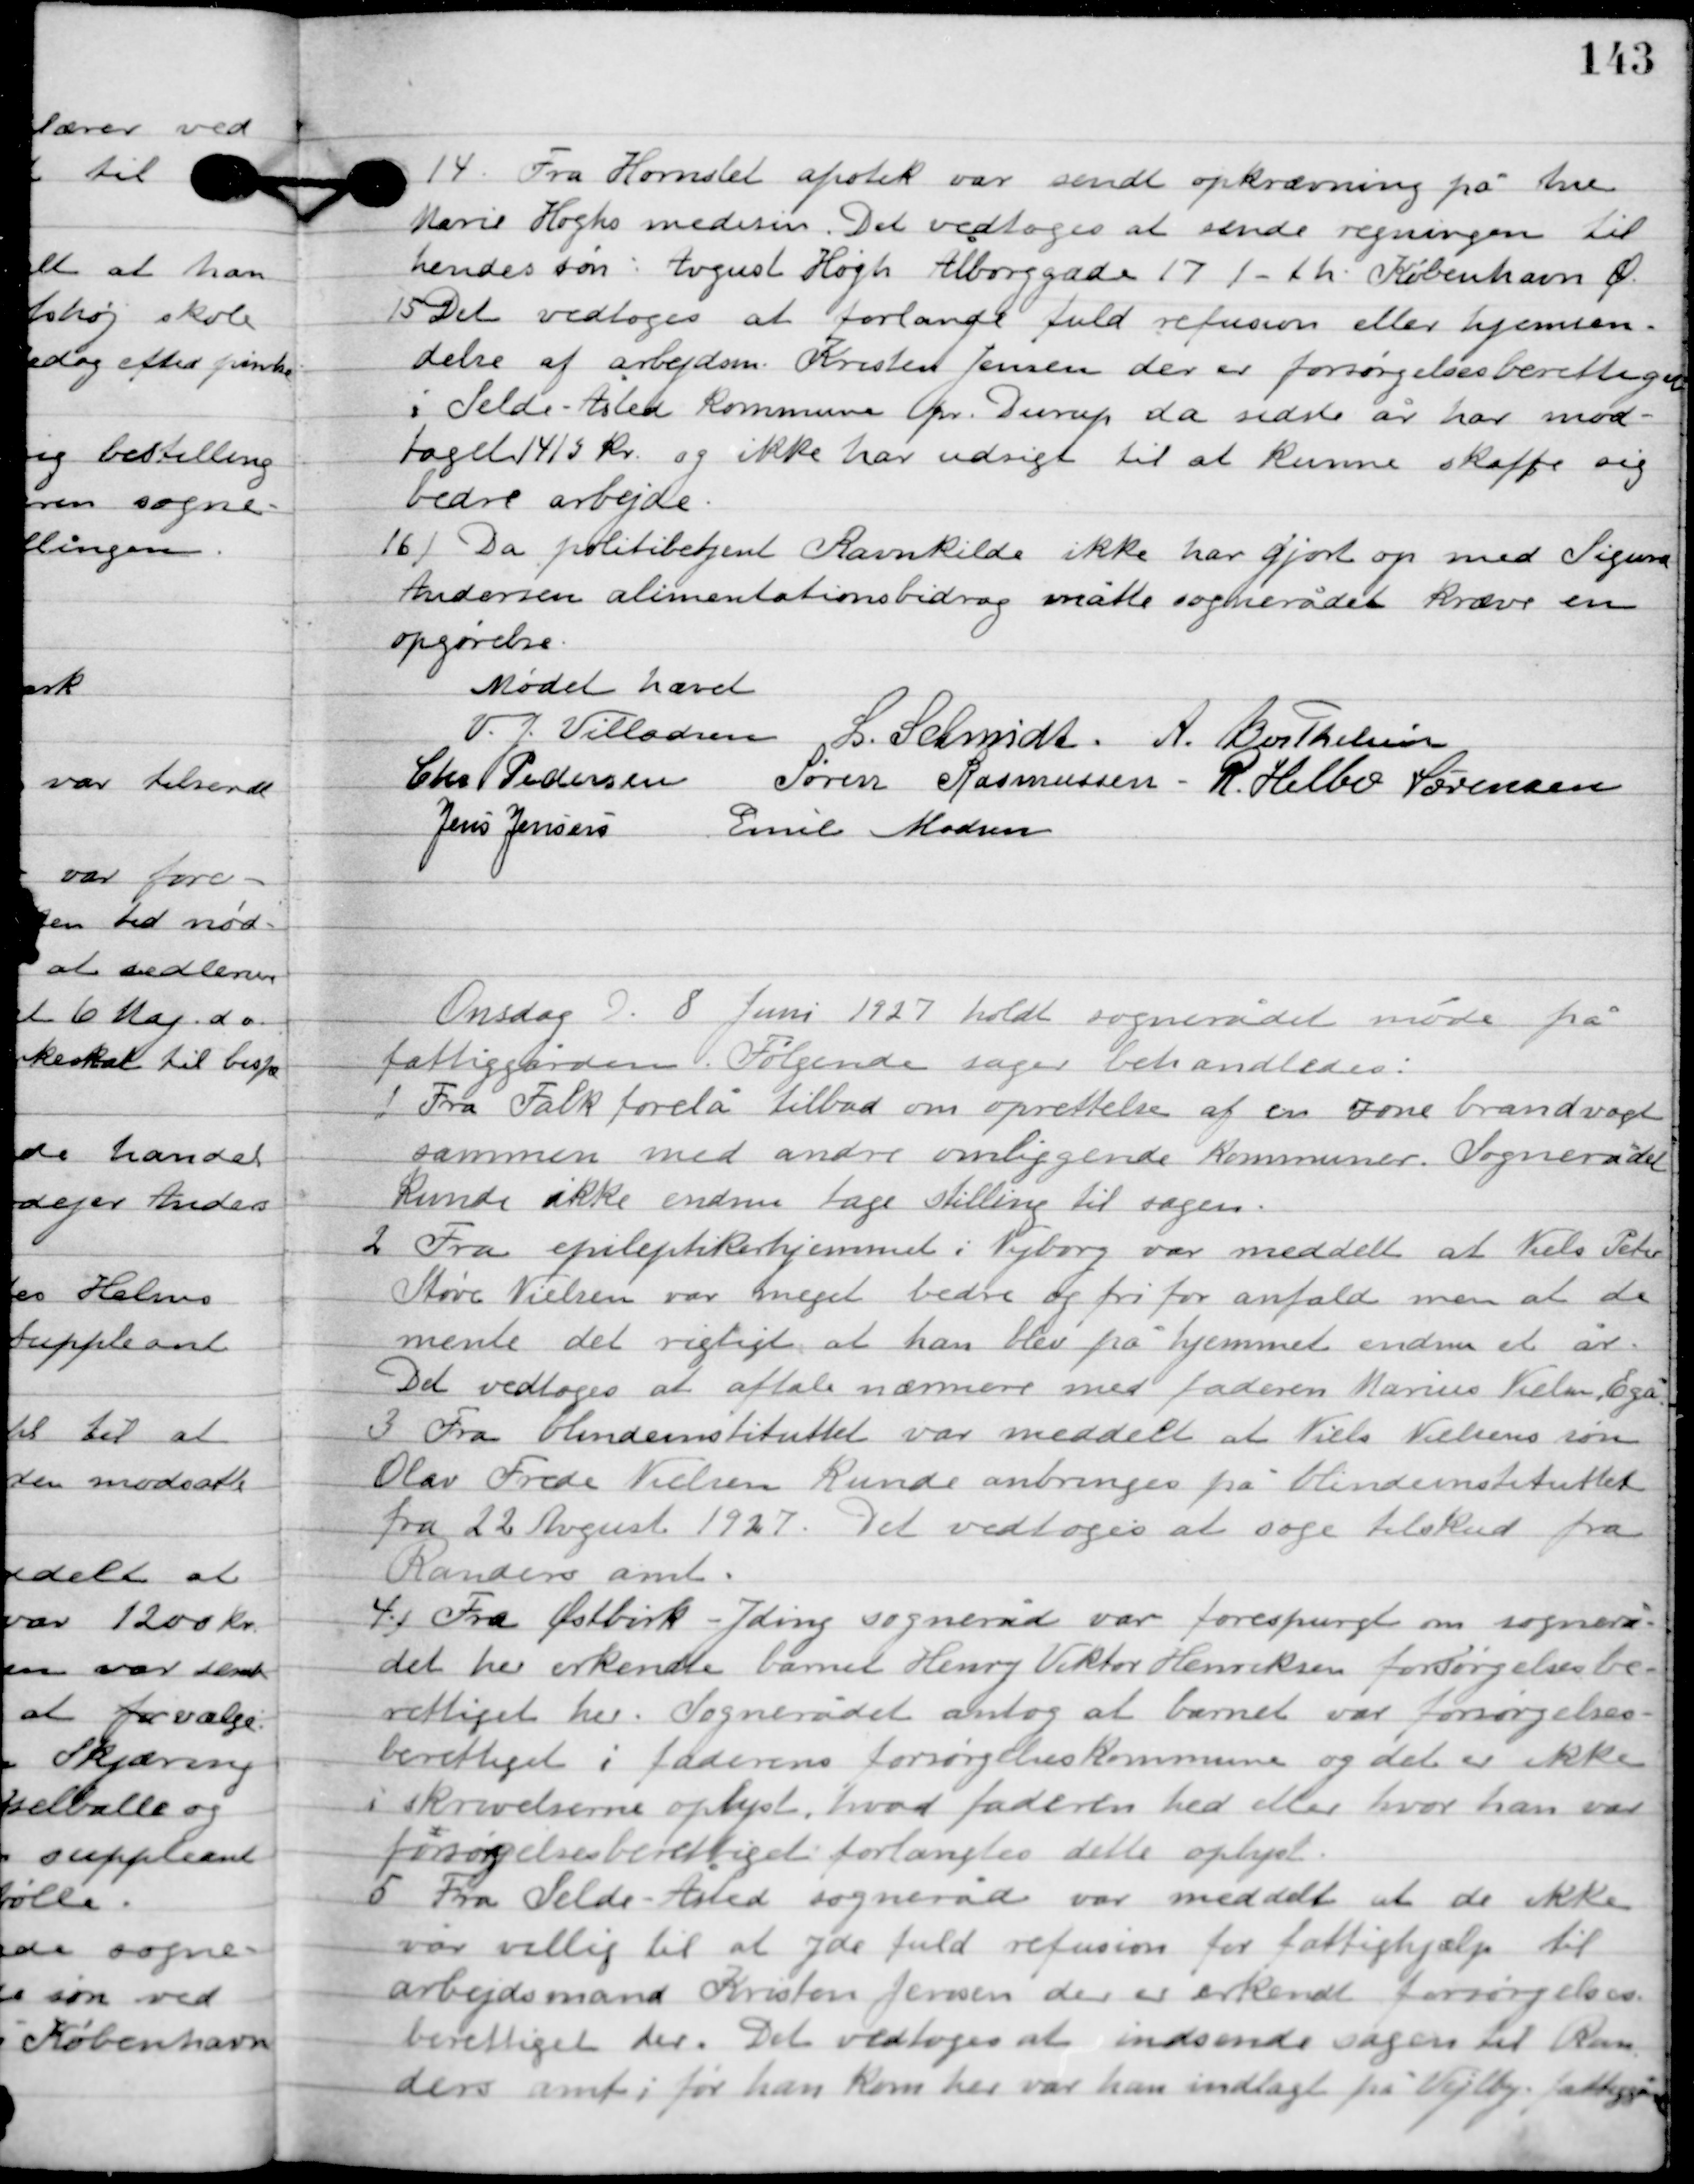
Transskription:
14

Fra Hornslet apotek var sendt opkrævning på Ane
Marie Høghs medisin. Det vedtoges at sende regningen til
hendes søn: Avgust Høgh Ålborggade 17 1-th. København Ø.

15

Det vedtoges at forlange fuld refusion eller hjemsen-
delse af arbejdsm. Kristen Jensen der er forsørgelsesberettiget
 i Selde-Åsted Kommune pr. Durup da sidste år var mod-
taget 1415 kr. og ikke har udsigt til at Kunde skaffe sig
bedre arbejde.

16

Da politibetjent Ravnkilde ikke har gjort op med Signe
Andersen alimentationsbidrag måtte sognerådet kræve en
opgørelse.

Mødet hævet

Villads J. Villadsen
I. Schmidt
A. Berthelsen
Chr. Pedersen
Søren Rasmussen
R. Helbo Sørensen
Jens Jensen
Emil Madsen

Onsdag D. 8, Juni 1927 holdt sognerådet møde på
fattiggården. Følgende sager behandledes.

1

Fra Falk forelå tilbud om oprettelse af en zone brandvagt
sammen med andre omliggende kommuner. Sognerådet
Kunde ikke endnu tage stilling til sagen.

2

Fra epileptikerhjemmet i Nyborg var meddelt at Niels Peter
Støve Nielsen var meget bedre og fri for anfald men at de
 mente det rigtigt at han blev på hjemmet endnu et år.
Det vedtoges at aftale nærmere med faderen Marius Nielsen, Egå.

3

Fra blindeinstituttet var meddelt at Niels Nielsens søn
Olav Frede Nielsen kunde anbringes på blindeinstituttet
fra 22 August 1927. det vedtoges at søge tilskud fra
 Randers amt.

4

Fra Østbirk-Yding sogneråd var forespurgt om sognerå-
det her erkendte barnet Henry Viktor Henriksen forsørgelsesbe-
rettiget her. Sognerådet antog at barnet var forsørgelses-
berettiget i faderens forsørgelses kommune og det er ikke
i skrivelserne oplyst, hvad faderen hed eller hvor han var
forsørgelsesberettiget forlangtes dette oplyst.

5

Fra Selde-Åsted sogneråd var meddelt at de ikke
var villig til at yde fuld refusion for fattighjælp til
arbejdsmand Kristen Jensen der er erkendt forsørgelses-
berettiget der. Det vedtoges at indsende sagen til Ran-
ders amt i for han kom der var han indlagt på Vejlby fattiggård.